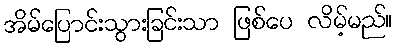
အိမ်ပြောင်းသွားခြင်းသာ ဖြစ်ပေ လိမ့်မည်။